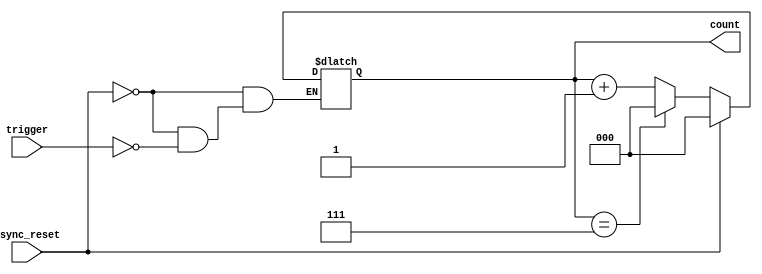
module mod_n_counter (
    input wire trigger,       // Trigger signal to increment the counter
    input wire async_reset,   // Asynchronous reset signal
    output reg [2:0] count    // 3-bit output for the counter (0 to 7)
);

    // Asynchronous reset and counting logic
    always @(*) begin
        if (async_reset) begin
            count = 3'b000; // Reset the counter to 0
        end else if (trigger) begin
            if (count == 3'b111) begin
                count = 3'b000; // Reset to 0 after reaching 7
            end else begin
                count = count + 1; // Increment the counter
            end
        end
    end

endmodule